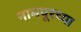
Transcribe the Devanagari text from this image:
नामपूरच्या